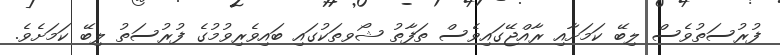
ފުރުސަތުވެސް ލިބޭ ކަމަށާއި ރާއްޖޭގައިވެސް ތަފާތު ޝޯވތަކުގައި ބައިވެރިވުމުގެ ފުރުސަތު ލިބޭ ކަމަށެވެ.